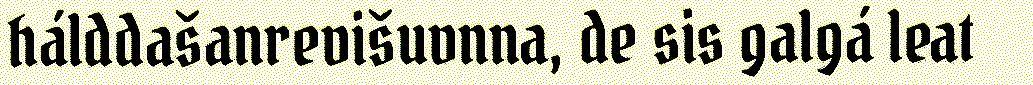
hálddašanrevišuvnna, de sis galgá leat